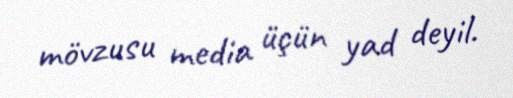
mövzusu media üçün yad deyil.